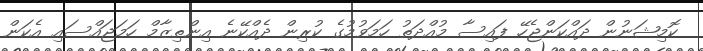
ކޮމިޝަނުން ދައްކަންޖެހޭ ފައިސާ މުއްދަތު ހަމަވުމުގެ ކުރިން ދެއްކޭނެ އިންތިޒާމް ހަމަޖައްސައި އެކަން